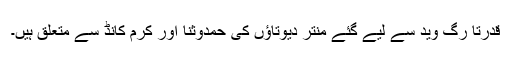
قدرتاً رگ وید سے لیے گئے منتر دیوتاؤں کی حمدوثنا اور کرم کانڈ سے متعلق ہیں۔